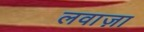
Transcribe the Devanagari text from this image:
लवाज़ा